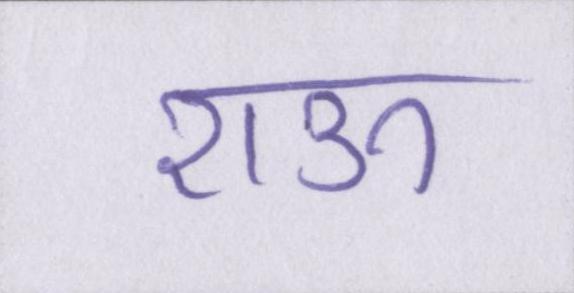
राऊ